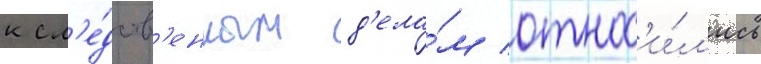
к сл'е́дств'енным д'ела́м относ'и́л'ись